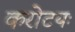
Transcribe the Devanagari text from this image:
करोटयः